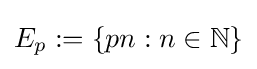
E_{p}:=\{pn:n\in \mathbb {N} \}